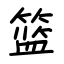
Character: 篮